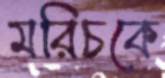
মরিচকে